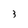
Character: 3